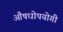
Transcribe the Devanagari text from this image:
औषधोपयोगी